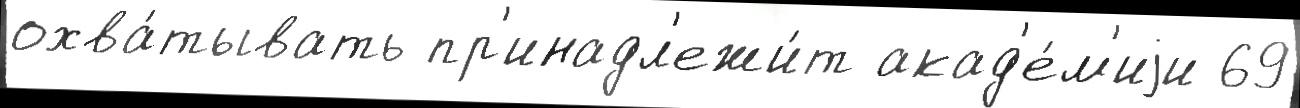
охва́тывать пр'инадл'ежи́т акад'е́м'иjи 69